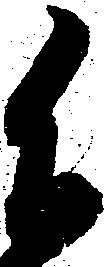
不